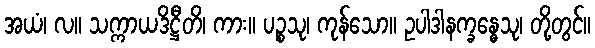
အယံ၊ လ။ သက္ကာယဒိဋ္ဌီတိ၊ ကား။ ပဉ္စသု၊ ကုန်သော။ ဥပါဒါနက္ခန္ဓေသု၊ တို့တွင်။